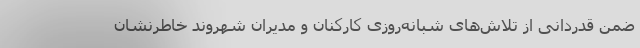
ضمن قدردانی از تلاش‌های شبانه‌روزی کارکنان و مدیران شهروند خاطرنشان